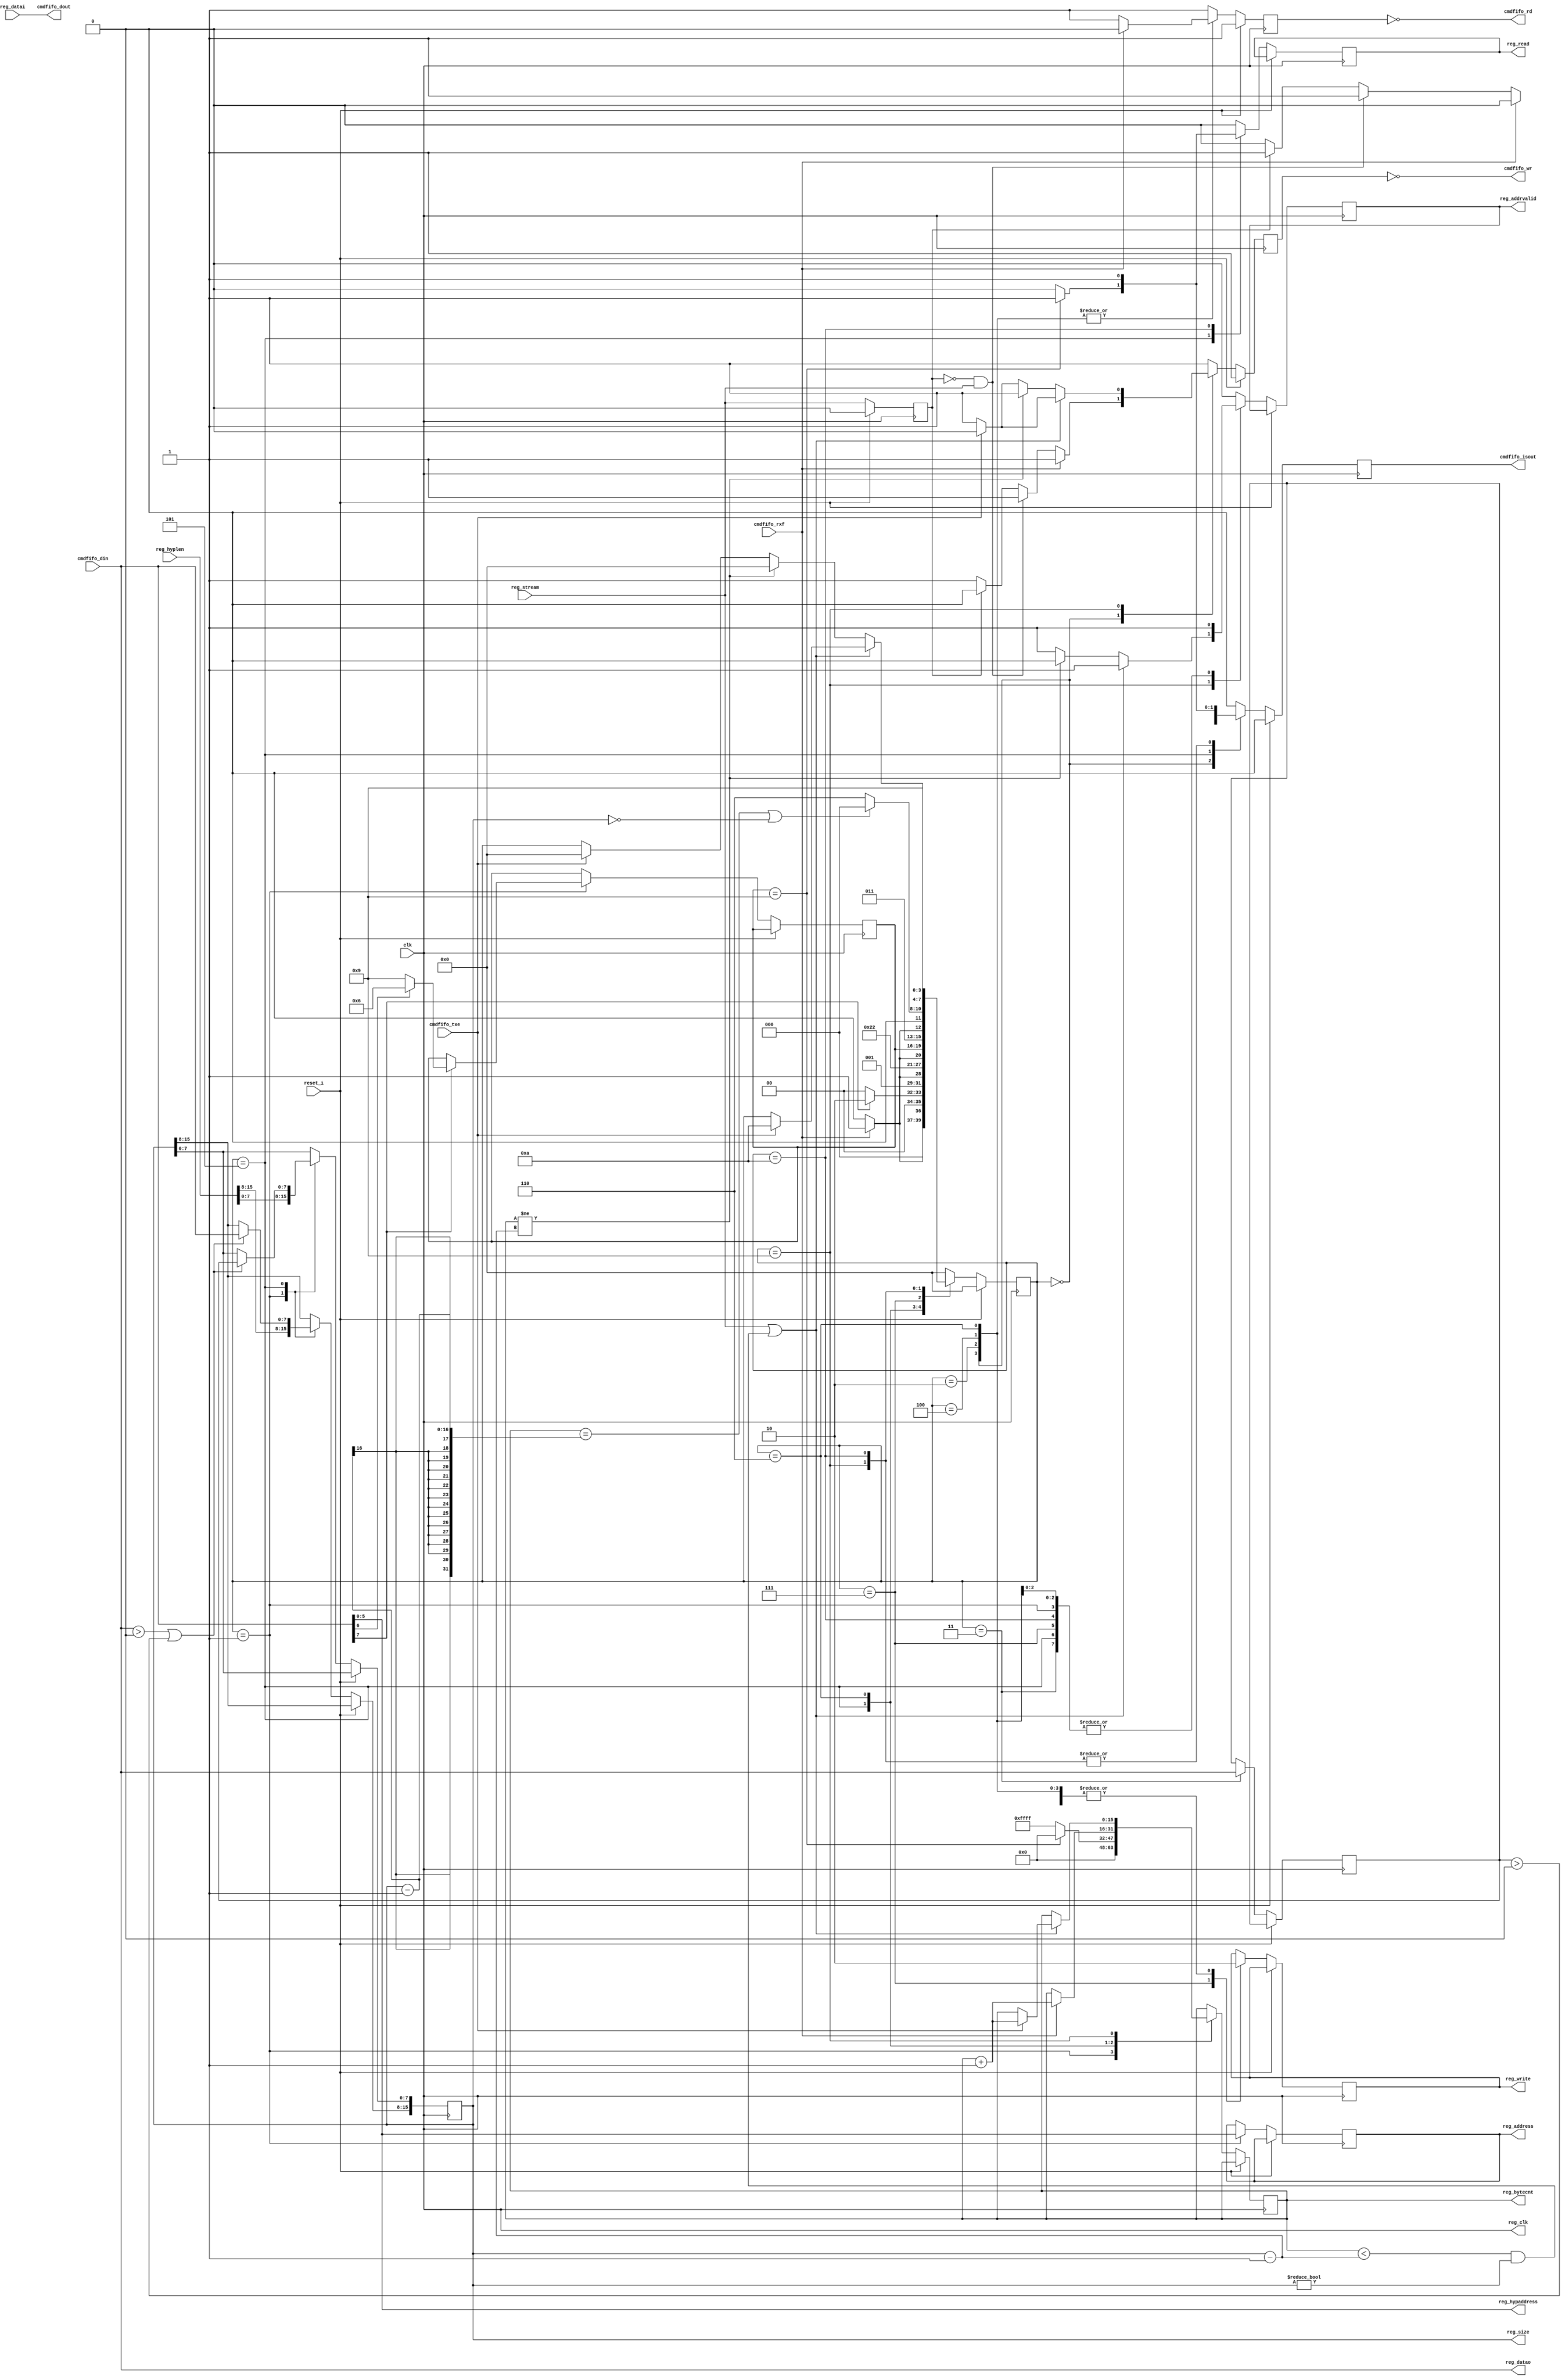
module reg_main(
	input 			reset_i,
	input 			clk,
	
	/* Interface to computer (e.g.: serial, FTDI chip, etc) */
	input 			cmdfifo_rxf,
	input				cmdfifo_txe,
	output			cmdfifo_rd,
	output			cmdfifo_wr,	
	input [7:0]	   cmdfifo_din,
	output [7:0]	cmdfifo_dout,
	// Following is provided for units with half-duplex interface such as FTDI
	output			cmdfifo_isout,
		

	/* Interface to registers */
	output         reg_clk,
	output [5:0]   reg_address,  // Address of register
	output [15:0]  reg_bytecnt,  // Current byte count
	output [7:0]   reg_datao,    // Data to write
	input  [7:0]   reg_datai,    // Data to read
	output [15:0]  reg_size,     // Total size being read/write
	output         reg_read,     // Read flag. One clock cycle AFTER this flag is high
	                             // valid data must be present on the reg_datai bus
	output			reg_write,    // Write flag. When high on rising edge valid data is
	                             // present on reg_datao
	output         reg_addrvalid,// Address valid flag
	input				reg_stream,	
	
	output [5:0]   reg_hypaddress,
	input  [15:0]  reg_hyplen	
    );
		 
    wire       ftdi_rxf_n;
    wire       ftdi_txe_n;	 
    reg        ftdi_rd_n;
    reg        ftdi_wr_n;
	 
	 wire	  		reset;
	 assign 		reset = reset_i;
    	 
    wire [7:0] ftdi_din;
    reg [7:0]  ftdi_dout;
    reg        ftdi_isOutput;
    wire       ftdi_clk;

	 reg 			regout_addrvalid;
	 reg 			regout_read;	 
	 reg			regout_write;
	 
	 assign reg_datao = ftdi_din;
	 assign reg_write = regout_write;
	 assign reg_addrvalid = regout_addrvalid;
	 assign reg_read = regout_read;// & ~ftdi_txe_n; //FIXME???
    
    assign ftdi_clk = clk;
	 assign reg_clk = clk;
	 assign ftdi_txe_n = ~cmdfifo_txe;
	 assign cmdfifo_dout = ftdi_dout;
	 assign cmdfifo_rd = ~ftdi_rd_n;
	 assign cmdfifo_wr = ~ftdi_wr_n;
	 assign cmdfifo_isout = ftdi_isOutput; 
	 
	 assign ftdi_din = cmdfifo_din; 
	 assign ftdi_rxf_n = ~cmdfifo_rxf;

    //For FTDI interface you would do this in the main module that instiated this:
    //assign ftdi_d = ftdi_isOutput ? ftdi_dout : 8'bZ;
    //assign ftdi_din = ftdi_d;
	 
`ifdef CHIPSCOPE
   wire [127:0] cs_data;   
   wire [35:0]  chipscope_control;
  coregen_icon icon (
    .CONTROL0(chipscope_control) // INOUT BUS [35:0]
   ); 

   coregen_ila ila (
    .CONTROL(chipscope_control), // INOUT BUS [35:0]
    .CLK(clk), // IN
    .TRIG0(cs_data) // IN BUS [127:0]
   );
  
`endif
		 
	 `undef  IDLE
    `define IDLE            'b0000
    `define ADDR            'b0001
	 `define ADDRWAIT			 'b0010
	 `define BYTECNTLSB      'b0011
	 `define BYTECNTLSBWAIT  'b0100
	 `define BYTECNTMSB      'b0101
    `define DATAWR1         'b0110
    `define DATAWR2         'b0111
    `define DATAWRDONE      'b1000
    `define DATARD1         'b1001
    `define DATARD2         'b1010
	 `define CHECKSUM			 'b1110

	 reg [15:0]					total_bytes;    //Byte count for this transaction
	 reg [7:0]					totalbytes_lsb; //LSB from input 
	 reg [15:0]					bytecnt;
    reg [3:0]              state = `IDLE;
	 reg [3:0]              state_new;
    reg [5:0]              address;

	 assign reg_address = address;
	 assign reg_bytecnt = bytecnt;
	 assign reg_size = total_bytes;

	 //assign cmdfifo_ready = 1'b0;	 
	 assign reg_hypaddress = ftdi_din[5:0];	 	 
		 		 
	 //always @(posedge ftdi_clk) begin
	 always @(reg_datai) begin
		ftdi_dout <= reg_datai;
	 end
	 
	 reg reg_streamdly;
	 
	 always @(posedge ftdi_clk)
	 begin
		if (reset == 1) begin
			reg_streamdly <= 0;
		end else begin
			reg_streamdly <= reg_stream;
		end
	 end
	 	 
    always @(posedge ftdi_clk)
    begin
      if (reset == 1) begin
         state <= `IDLE; 
         ftdi_rd_n <= 1;
         ftdi_wr_n <= 1;
         ftdi_isOutput <= 0;
			
      end else begin
         case (state)
            `IDLE: begin
					regout_addrvalid <= 0;
					regout_read <= 0;
					regout_write <= 0;					
               if (ftdi_rxf_n == 0) begin
                  ftdi_rd_n <= 0;
                  ftdi_wr_n <= 1;
                  ftdi_isOutput <= 0;
                  state <= `ADDR;						
               end else begin
						if((reg_streamdly == 0) & (reg_stream == 1)) begin
							ftdi_wr_n <= 1;
							ftdi_rd_n <= 1;
							ftdi_isOutput <= 1;
							state <= `IDLE;						
						end else if(reg_streamdly) begin
							ftdi_wr_n <= 0;
							ftdi_rd_n <= 1;
							ftdi_isOutput <= 1;
							state <= `IDLE;
						end else begin					
							ftdi_rd_n <= 1;
							ftdi_wr_n <= 1;
							ftdi_isOutput <= 0;
							state <= `IDLE;
						end
               end
            end

            `ADDR: begin	
					bytecnt <= 0;			
					total_bytes <= reg_hyplen;										
               address <= ftdi_din[5:0];
               ftdi_wr_n <= 1;
					ftdi_rd_n <= 1;
					regout_addrvalid <= 1;		
					regout_write <= 0;					
					regout_read <= 0;
					ftdi_isOutput <= 0;
               if (ftdi_din[7] == 1) begin
                  if (ftdi_din[6] == 1) begin
                     //MSB means WRITE
                     state_new <= `DATAWR1;               
                  end else begin
                     //MSB means READ                     
                     state_new <= `DATARD1; 
                  end
						
						state <= `ADDRWAIT;						
						
               end else begin
                  ftdi_isOutput <= 0;
                  state <= `IDLE;                  
               end
             end
				 
				`ADDRWAIT: begin
					ftdi_isOutput <= 0;
					regout_write <= 0;					
					regout_read <= 0;
					regout_addrvalid <= 1;
					if (ftdi_rxf_n == 0) begin
						ftdi_rd_n <= 0;
						ftdi_wr_n <= 1;
						state <= `BYTECNTLSB;
					end else begin					
						ftdi_rd_n <= 1;
						ftdi_wr_n <= 1;
						state <= `ADDRWAIT;
					end
				end
				 
				`BYTECNTLSB: begin
					regout_addrvalid <= 1;	
					ftdi_isOutput <= 0;
					ftdi_wr_n <= 1;
					ftdi_rd_n <= 1;
					totalbytes_lsb <= ftdi_din;
					state <= `BYTECNTLSBWAIT;					
					regout_write <= 0;
					regout_read <= 0;					
				end
				
				`BYTECNTLSBWAIT: begin
					ftdi_isOutput <= 0;
					regout_write <= 0;					
					regout_read <= 0;
					regout_addrvalid <= 1;
					if (ftdi_rxf_n == 0) begin
						ftdi_rd_n <= 0;
						ftdi_wr_n <= 1;
						state <= `BYTECNTMSB;
					end else begin					
						ftdi_rd_n <= 1;
						ftdi_wr_n <= 1;
						state <= `BYTECNTLSBWAIT;
					end
				end
				
				`BYTECNTMSB: begin
					regout_addrvalid <= 1;	
					ftdi_wr_n <= 1;		
					ftdi_rd_n <= 1;					
					if((ftdi_din > 0) || (totalbytes_lsb > 0)) begin
						total_bytes[7:0] <= totalbytes_lsb;
						total_bytes[15:8] <= ftdi_din;
               end
					state <= state_new;
					regout_write <= 0;
					if(state_new == `DATARD1) begin
						ftdi_isOutput <= 1;
						regout_read <= 1;
						bytecnt <= 16'h0000;
					end else begin
						bytecnt <= 16'hFFFF;
						ftdi_isOutput <= 0;
						regout_read <= 0;
					end					
				 end
					
            `DATAWR1: begin
					regout_addrvalid <= 1;	
               ftdi_isOutput <= 0;
               ftdi_wr_n <= 1;
					regout_read <= 0;
					regout_write <= 0;
					
               if (ftdi_rxf_n == 0) begin
                  ftdi_rd_n <= 0;
                  state <= `DATAWR2;
						bytecnt <= bytecnt + 16'd1;
               end else begin
                  ftdi_rd_n <= 1;
                  state <= `DATAWR1;						
               end			
										
             end
               
            `DATAWR2: begin
               ftdi_isOutput <= 0;
               ftdi_wr_n <= 1;
               ftdi_rd_n <= 1;
					regout_write <= 1;
					regout_read <= 0;
					regout_addrvalid <= 1;
														
					if ((bytecnt == (total_bytes-1)) || (total_bytes == 0)) begin
						state <= `IDLE;         
					end else begin					
						state <= `DATAWR1;
					end					
				end
				
				`DATARD1: begin
					ftdi_isOutput <= 1;
					ftdi_rd_n <= 1;
					regout_write <= 0;
					regout_read <= 0;
					regout_addrvalid <= 1;
					
					if ( (reg_stream == 1) || ((bytecnt < (total_bytes-16'd1)) && (total_bytes != 0)) ) begin
						//More data to read from other module
						
						if (ftdi_txe_n == 0)  begin
							//Ready for write so go ahead and get more data on bus
							ftdi_wr_n <= 0;
							regout_addrvalid <= 1;
							
							//Will select next byte
							bytecnt <= bytecnt + 16'd1;
							
							//Do read
							state <= `DATARD2;
							
						end else begin
							//Cannot write another byte, hold on
							ftdi_wr_n <= 1;
							regout_addrvalid <= 1;
						end
						
					end else begin
						//No more data to read
												
						if ((bytecnt != (total_bytes-16'd1)))  begin
							//Was in stream mode, exit immediatly
							state <= `IDLE;
							regout_addrvalid <= 0;
							ftdi_wr_n <= 1;
						end else begin
							//Was NOT in stream mode, write last byte first
							if (ftdi_txe_n == 0) begin
								//Do write
								ftdi_wr_n <= 0;
								regout_addrvalid <= 1;
								state <= `IDLE;
							end else begin
								//Hold on - cannot write yet
								regout_addrvalid <= 1;
								ftdi_wr_n <= 1;
							end							
						end							
					end
				
				end
				
				`DATARD2: begin
					ftdi_isOutput <= 1;
					ftdi_rd_n <= 1;
					ftdi_wr_n <= 1;
					regout_write <= 0;
					regout_read <= 1;
					regout_addrvalid <= 1;			
					state <= `DATARD1;
				end
				
				default: begin	
					regout_addrvalid <= 0;	
					ftdi_rd_n <= 1;
               ftdi_wr_n <= 1;
               ftdi_isOutput <= 0;
					regout_read <= 0;
               state <= `IDLE;
				end
             
         endcase
		end
    end 
		  
`ifdef CHIPSCOPE
   assign cs_data[3:0] = state;
   assign cs_data[11:4] = address;
   assign cs_data[12] = ftdi_rxf_n;
	assign cs_data[13] = ftdi_txe_n;
	assign cs_data[14] = ftdi_rd_n;
	assign cs_data[15] = ftdi_wr_n;
	assign cs_data[32:25] = ftdi_dout;
	assign cs_data[43:36] = ftdi_din;
	assign cs_data[51:44] = total_bytes;
	assign cs_data[67:52] = bytecnt;
	assign cs_data[16] = regout_read;
	assign cs_data[75:68] = reg_datai;
 `endif

 
endmodule